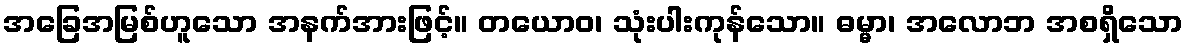
အခြေအမြစ်ဟူသော အနက်အားဖြင့်။ တယောဝ၊ သုံးပါးကုန်သော။ ဓမ္မာ၊ အလောဘ အစရှိသော